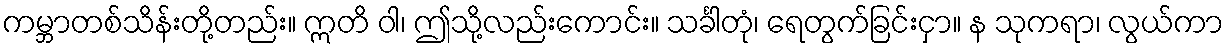
ကမ္ဘာတစ်သိန်းတို့တည်း။ ဣတိ ဝါ၊ ဤသို့လည်းကောင်း။ သင်္ခါတုံ၊ ရေတွက်ခြင်းငှာ။ န သုကရာ၊ လွယ်ကာ